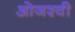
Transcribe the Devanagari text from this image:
ओजश्वी